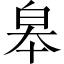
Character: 皋